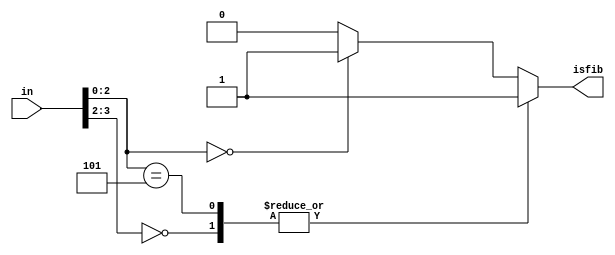
module q7_2 (
    in,
    isfib
);
    
    input [3:0] in;
    output isfib;
    reg isfib;

    always @(in) begin 
        casex (in)
            4'b00XX : isfib = 1'b1;
            4'bX101 : isfib = 1'b1;
            4'bX000 : isfib = 1'b1;
            default : isfib = 1'b0;
        endcase
    end

endmodule